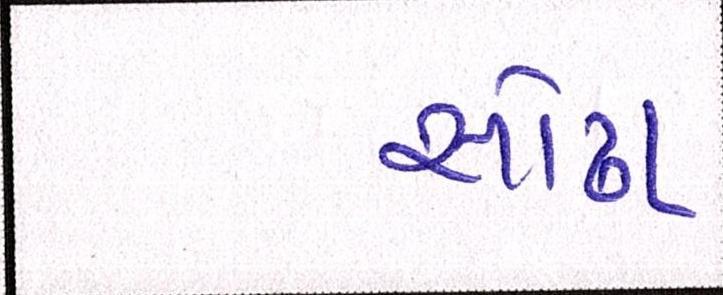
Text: સોઢા